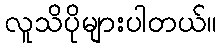
လူသိပိုများပါတယ်။